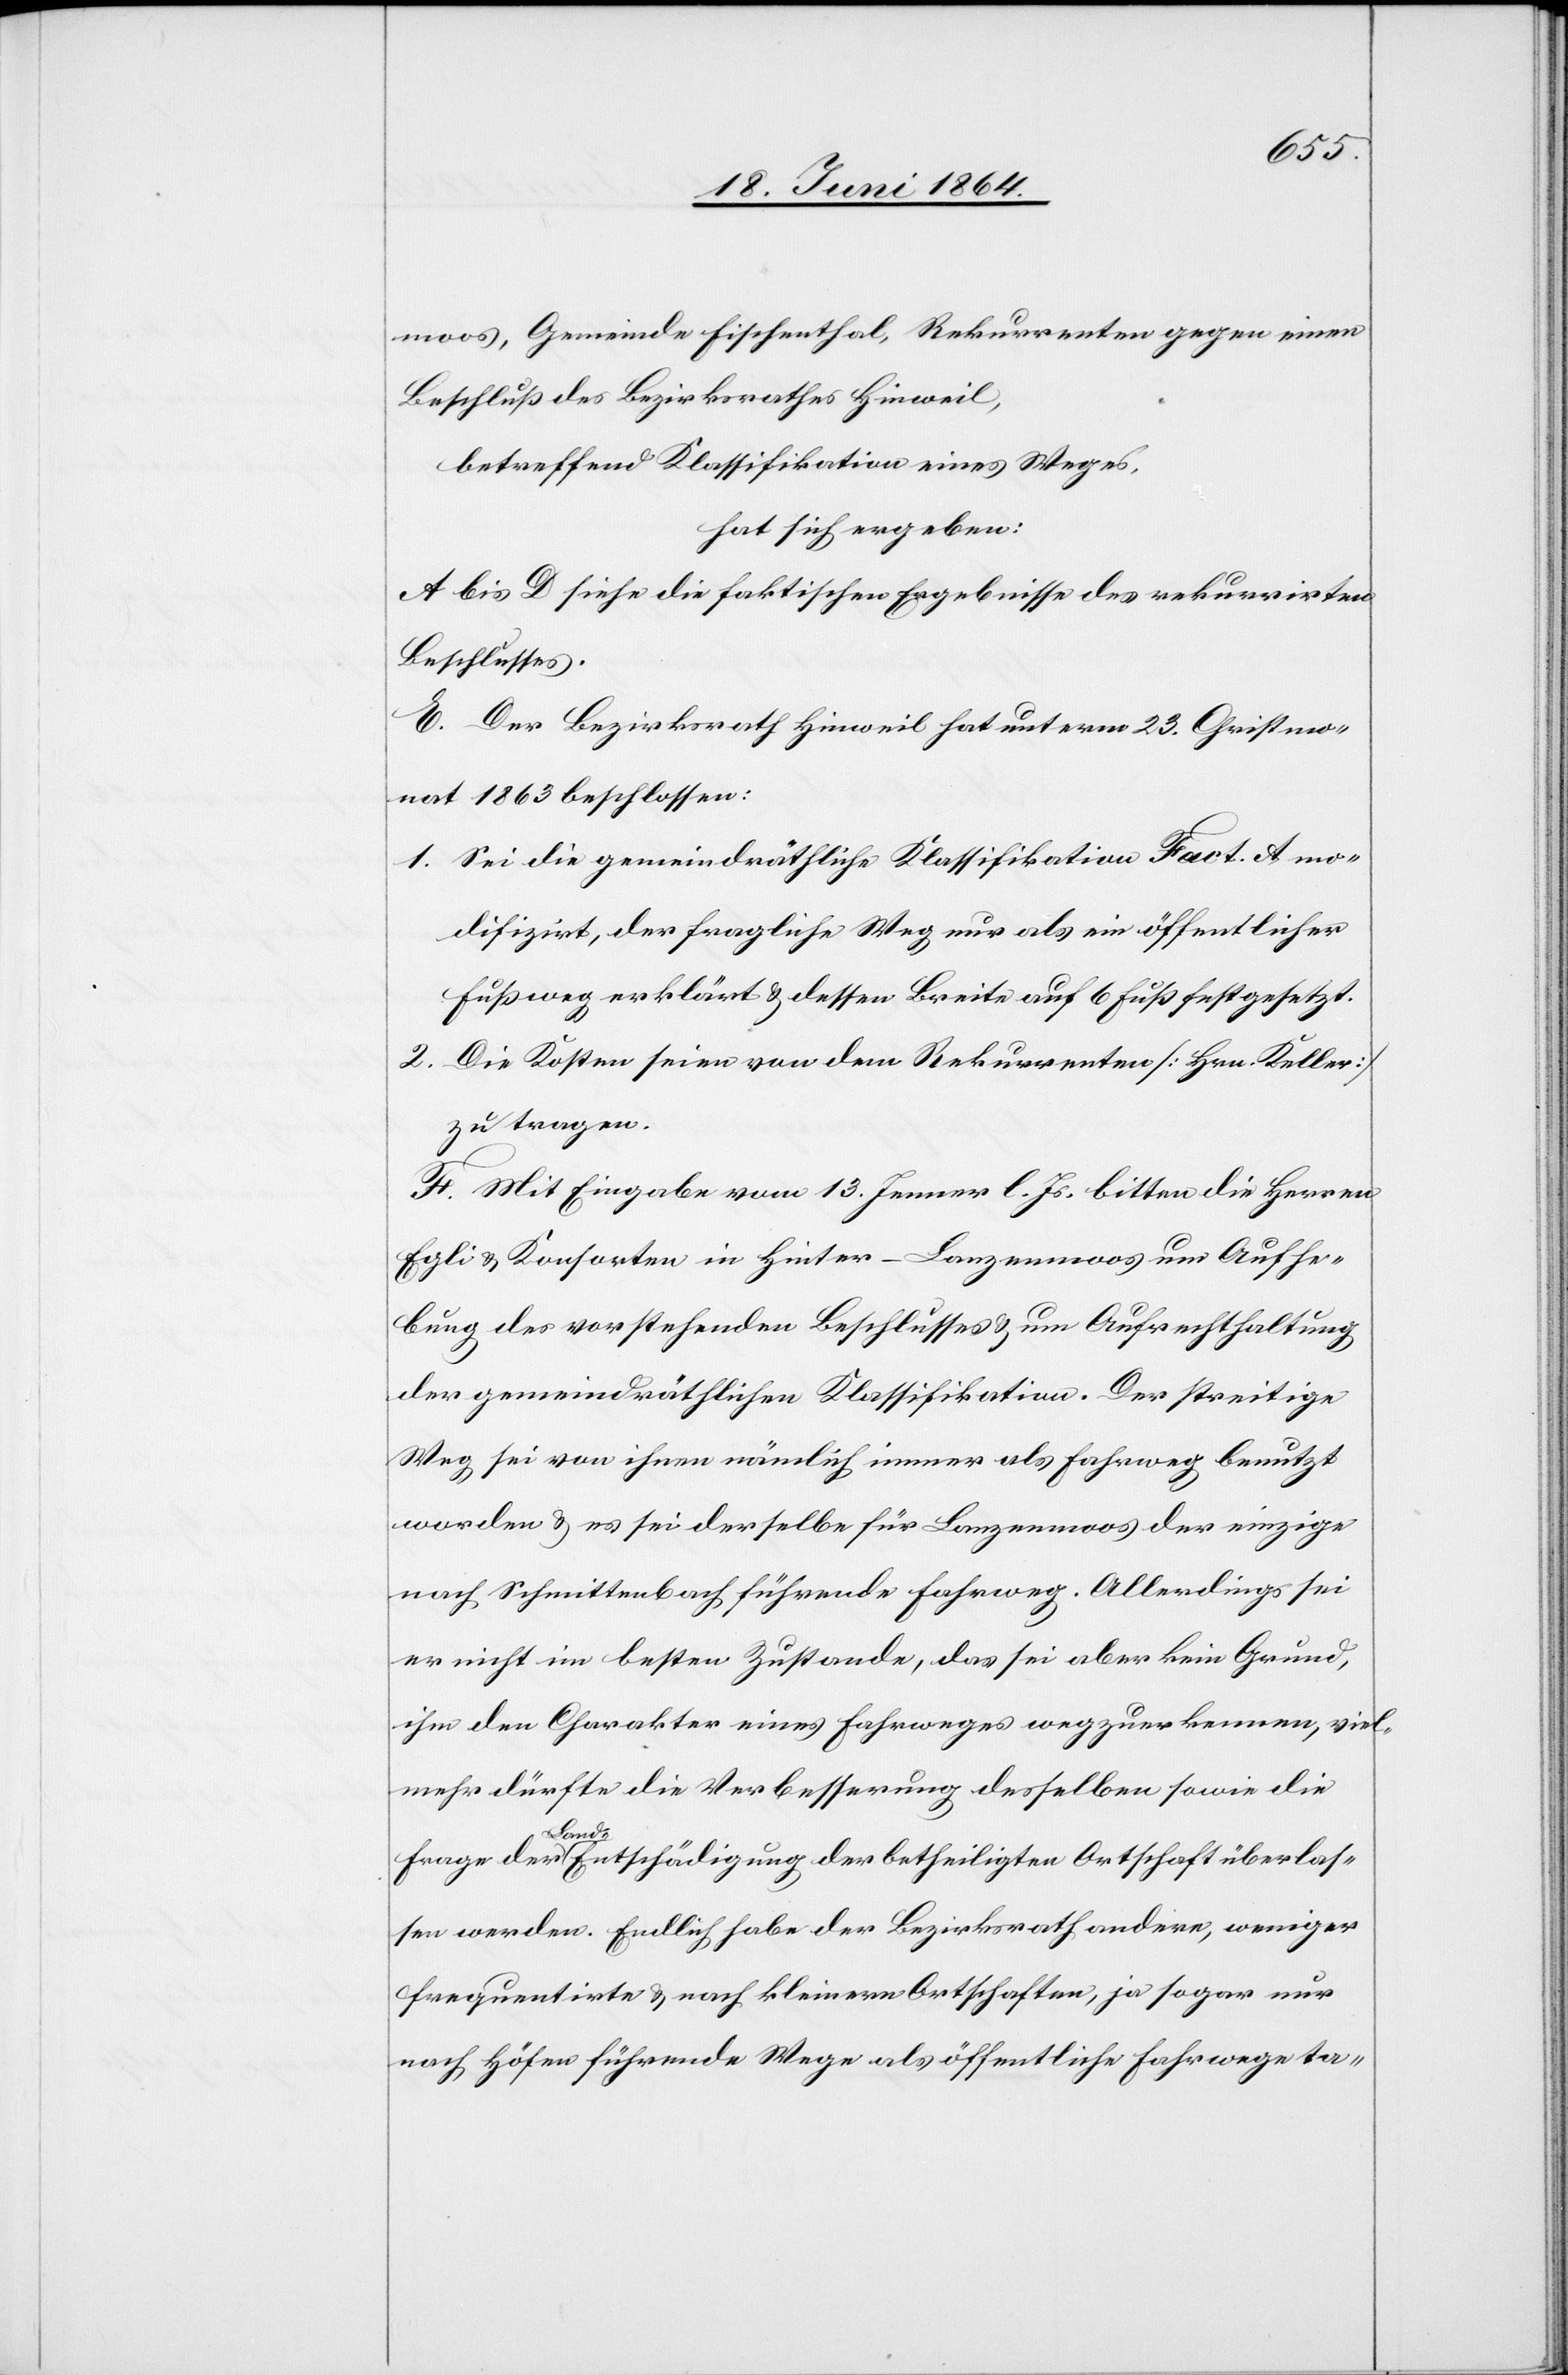
moos, Gemeinde Fischenthal, Rekurrenten gegen einen
Beschluß des Bezirksrath Hinweil,
betreffend Klassifikation eines Weges,
hat sich ergeben:
A bis D siehe die faktischen Ergebnisse des rekurrirten
Beschlusses.
E. Der Bezirksrath Hinweil hat unterm 23. Christmo¬
nat 1863 beschlossen:
1. Sei die gemeindräthliche Klassifikation Fact. A mo¬
difizirt, der fragliche Weg nur als ein öffentlicher
Fußweg erklärt u. dessen Breite auf 6 Fuß festgesetzt.
2. Die Kosten seien von dem Rekurrenten [Hrn. Keller]
zu tragen.
F. Mit Eingabe vom 13. Jenner l. Js. bitten die Herren
Egli u. Konsorten in Hinter-Lanzenmoos um Aufhe¬
bung des vorstehenden Beschlusses u. um Aufrechthaltung
der gemeindräthlichen Klassifikation. Der streitige
Weg sei von ihnen nämlich immer als Fahrweg benutzt
worden u. es sei derselbe für Lanzenmoos der einzige
nach Schmittenbach führende Fahrweg. Allerdings sei
er nicht im besten Zustande, das sei aber kein Grund,
ihm den Charakter eines Fahrweges wegzuerkennen, viel¬
mehr dürfte die Verbesserung desselben sowie die
Frage der Land-Entschädigung der betheiligten Ortschaft überlas¬
sen werden. Endlich habe der Bezirksrath andere, weniger
frequentirte u. nach kleinern Ortschaften, ja sogar n¬
ach Höfen führende Wege als öffentliche Fahrwege ta-